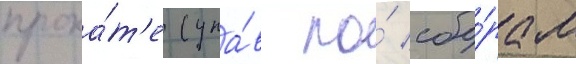
прока́т'е (упа́в по́ сбо́рам